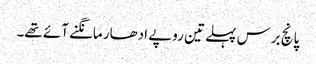
پانچ برس پہلے تین روپے ادھار مانگنے آئے تھے۔